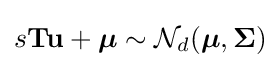
s\mathbf {Tu} +{\boldsymbol {\mu }}\sim {\mathcal {N}}_{d}({\boldsymbol {\mu }},{\boldsymbol {\Sigma }})